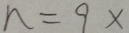
n = 9 \times